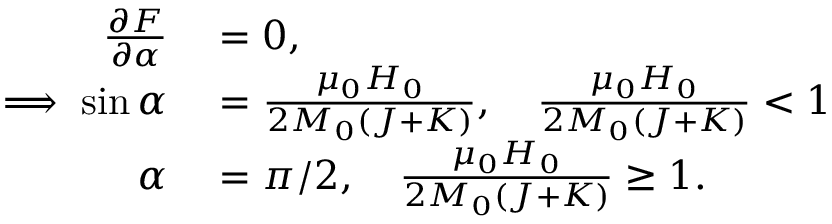
\begin{array} { r l } { \frac { \partial F } { \partial \alpha } } & { { } = 0 , } \\ { \implies \sin \alpha } & { { } = \frac { \mu _ { 0 } H _ { 0 } } { 2 M _ { 0 } \left( J + K \right) } , \quad \frac { \mu _ { 0 } H _ { 0 } } { 2 M _ { 0 } \left( J + K \right) } < 1 } \\ { \alpha } & { { } = \pi / 2 , \quad \frac { \mu _ { 0 } H _ { 0 } } { 2 M _ { 0 } \left( J + K \right) } \geq 1 . } \end{array}